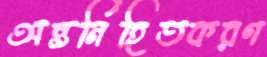
অন্তর্নিহিতকরণ